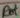
Text: Rot